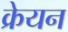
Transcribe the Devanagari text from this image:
क्रेयन